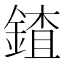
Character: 𨩨